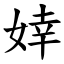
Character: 婞